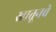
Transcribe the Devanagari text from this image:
खातूनचे